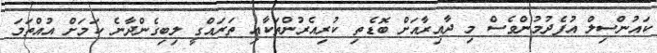
ކައުންސިލް އުފެދުމުންވެސް މި ދާއިރާއަށް ބޮޑެތި ކުރިއެރުންތަކާއި ތަރައްގީ ލިބިގެންދާނެ ކަމަށް އުއްތަމަ